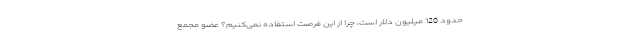
حدود 120 میلیون دلار است، چرا از این فرصت استفاده نمی‌کنیم؟ عضو مجمع